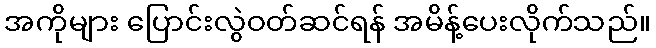
အကိုများ ပြောင်းလွဲဝတ်ဆင်ရန် အမိန့်ပေးလိုက်သည်။